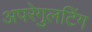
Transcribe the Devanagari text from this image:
अपरेगुलटिंग